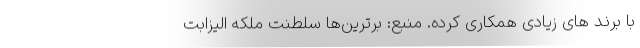
با برند های زیادی همکاری کرده. منبع: برترین‌ها سلطنت ملکه الیزابت